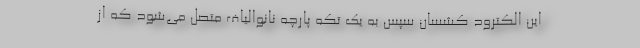
این الکترود کشسان سپس به یک تکه پارچه نانوالیاف متصل می‌شود که از